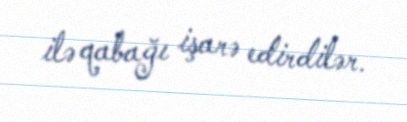
ilə qabağı işarə edirdilər.